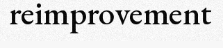
reimprovement